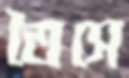
তৈসে